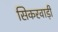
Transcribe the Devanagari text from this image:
सिकरवाड़ी